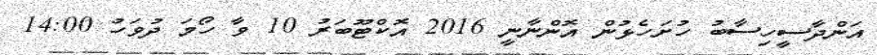
އަންދާސީހިސާބު ހުށަހެޅުން އޮންނާނީ 2016 އޮކްޓޫބަރު 10 ވާ ހޯމަ ދުވަހު 14:00